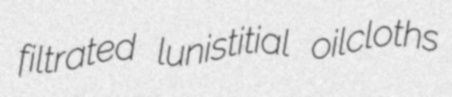
filtrated lunistitial oilcloths